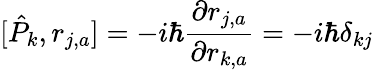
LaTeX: [\hat{P}_{k},r_{j,a}]=-i\hbar\frac{\partial r_{j,a}}{\partial r_{k,a}}=-i\hbar\delta_{kj}